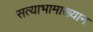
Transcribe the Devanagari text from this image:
सत्याभामाख्यान